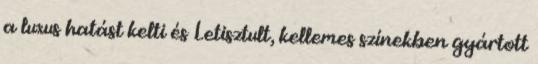
a luxus hatást kelti és Letisztult, kellemes színekben gyártott